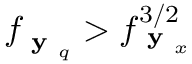
f _ { \textbf { y } _ { q } } > f _ { \textbf { y } _ { x } } ^ { 3 / 2 }